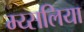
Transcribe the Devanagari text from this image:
म्य्सलिया